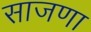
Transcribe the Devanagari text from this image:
साजणा